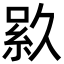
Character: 𬗎